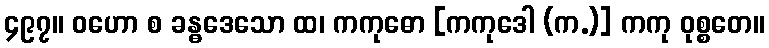
၄၉၇။ ဝဟော စ ခန္ဓဒေသော ထ၊ ကကုဓော [ကကုဒေါ (က.)] ကကု ဝုစ္စတေ။